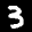
Label: 3